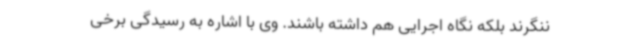
ننگرند بلکه نگاه اجرایی هم داشته باشند. وی با اشاره به رسیدگی برخی